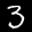
Label: 3